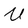
Character: U